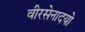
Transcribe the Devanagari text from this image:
वीरसेनादयो